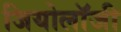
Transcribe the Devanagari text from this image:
जियोलाॅजी